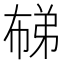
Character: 𭘨